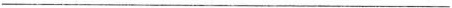
___